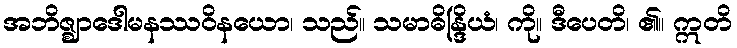
အဘိဇ္ဈာဒေါမနဿဝိနယော၊ သည်။ သမာဓိန္ဒြိယံ၊ ကို။ ဒီပေတိ၊ ၏။ ဣတိ